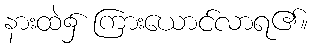
နားထဲ၌ ကြားယောင်လာရ၏။